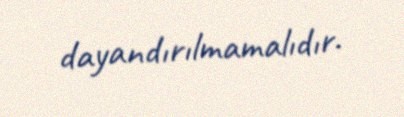
dayandırılmamalıdır.